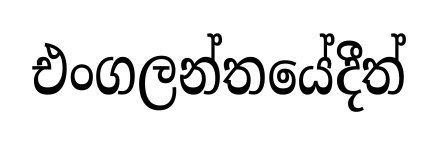
එංගලන්තයේදීත්